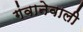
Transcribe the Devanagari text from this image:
गंवानेवाली